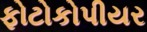
ફોટોકોપીયર